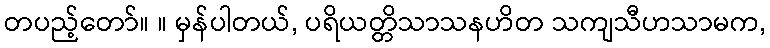
တပည့်တော်။ ။ မှန်ပါတယ်, ပရိယတ္တိသာသနဟိတ သကျသီဟသာမက,